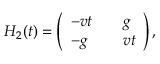
{ \cal H } _ { 2 } ( t ) = \left( \begin{array} { l l l } { - v t } & { } & { g } \\ { - g } & { } & { v t } \end{array} \right) ,